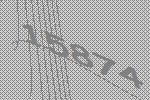
15874